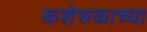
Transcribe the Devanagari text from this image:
कशेरुकाच्या